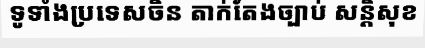
ទូទាំងប្រទេសចិន តាក់តែងច្បាប់ សន្តិសុខ